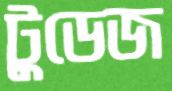
টুডেজ